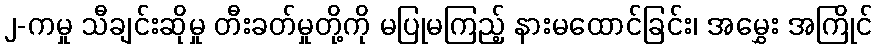
၂-ကမှု သီချင်းဆိုမှု တီးခတ်မှုတို့ကို မပြုမကြည့် နားမထောင်ခြင်း၊ အမွှေး အကြိုင်